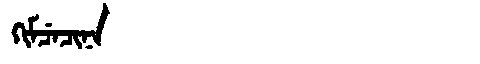
Manchu: ᡴᡳᠮᠴᡝᠴᡳᠨᠠ
Romanization: KIMCECINA